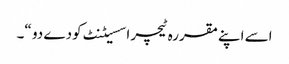
اسے اپنےمقررہ ٹیچر اسسیٹنٹ کودے دو “۔